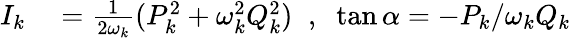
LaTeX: \begin{array}{rl}{I_{k}}&{{}=\frac{1}{2\omega_{k}}(P_{k}^{2}+\omega_{k}^{2}Q_{k}^{2})\; \; ,\; \; \tan\alpha=-P_{k}/\omega_{k}Q_{k}}\end{array}